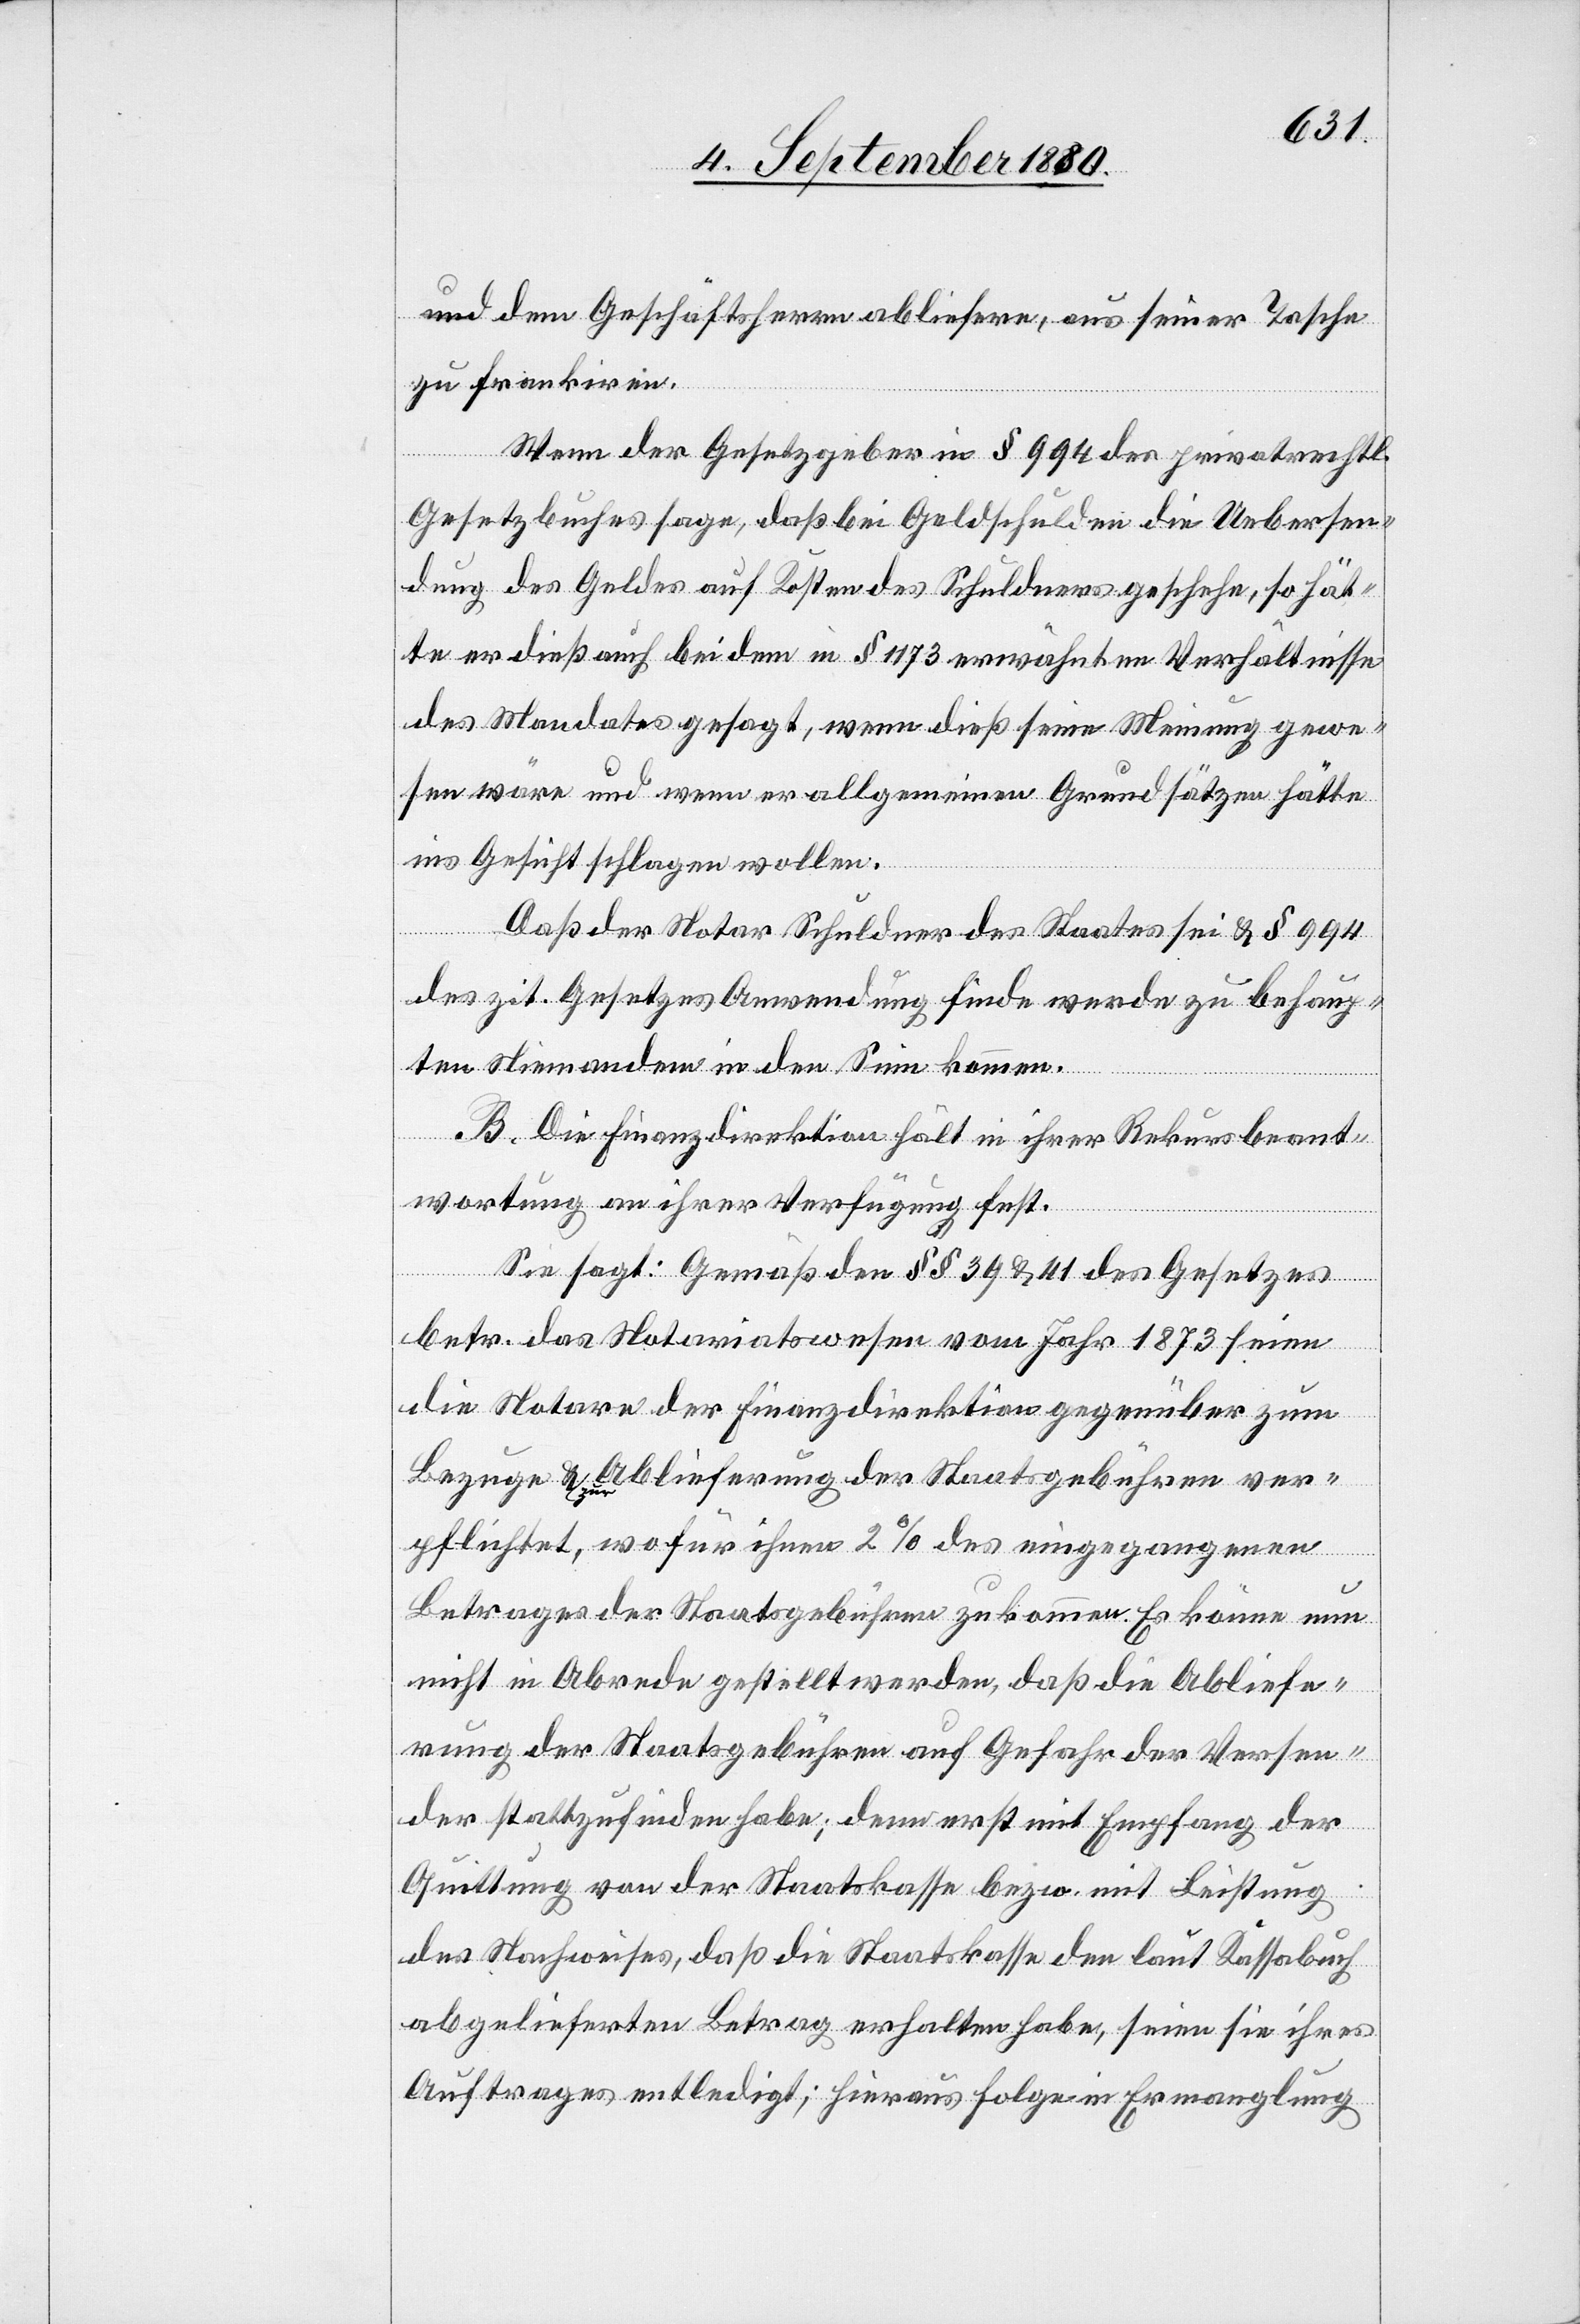
a-und-a dem Geschäftsherrn abliefere, aus seiner Tasche
zu frankiren.
Wenn der Gesetzgeber in § 994 des privatrechtl.
Gesetzbuches sage, daß bei Geldschulden die Uebersen¬
dung des Geldes auf Kosten des Schuldners geschehe, so hät¬
te er dieß auch bei dem in § 1173 erwähnten Verhältnisse
des Mandates gesagt, wenn dieß seine Meinung gewe¬
sen wäre und wenn er allgemeinen Grundsätzen hätte
ins Gesicht schlagen wollen.
Daß der Notar Schuldner des Staates sei & § 994
des zit. Gesetzes Anwendung finde werde zu behaup¬
ten Niemandem in den Sinn kommen.
B. Die Finanzdirektion hält in ihrer Rekursbeant¬
wortung an ihrer Verfügung fest:
Sie sagt: Gemäß den §§ 39 & 41 des Gesetzes
betr. das Notariatswesen vom Jahr 1873 seien
die Notare der Finanzdirektion gegenüber zum
Bezuge & zur Ablieferung der Staatsgebühren ver¬
pflichtet, wofür ihnen 2% des eingegangenen
Betrages der Staatsgebühren zukommen. Es könne nun
nicht in Abrede gestellt werden, daß die Abliefe¬
rung der Staatsgebühren auf Gefahr der Versen¬
der stattzufinden habe; denn erst mit Empfang der
Quittung von der Staatskassa bezw. mit Leistung
des Nachweises, daß die Staatskasse den laut Kassabuch
abgelieferten Betrag erhalten habe, seien sie ihres
Auftrages entledigt; hieraus folge in Ermanglung